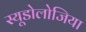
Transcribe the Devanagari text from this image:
स्यूडोलोजिया